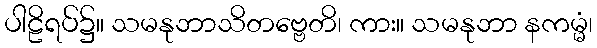
ပါဠိရပ်၌။ သမနုဘာသိတဗ္ဗေတိ၊ ကား။ သမနုဘာ နကမ္မံ၊